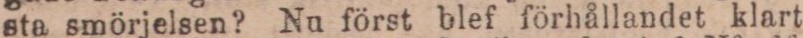
sta smörjelsen? Nu först blef förhållandet klart